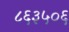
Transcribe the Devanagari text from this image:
८६३५०६